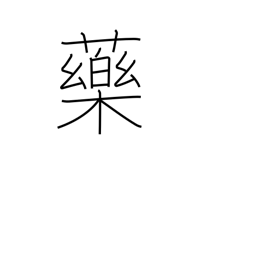
Meaning: chemical